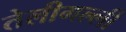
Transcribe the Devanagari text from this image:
तेलीगल्ली